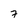
Character: 7